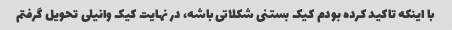
با اینکه تاکید کرده بودم کیک بستنی شکلاتی باشه، در نهایت کیک وانیلی تحویل گرفتم